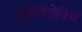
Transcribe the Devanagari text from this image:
दमित्रियेविच